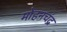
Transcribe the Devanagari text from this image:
मोहनचंद्र